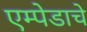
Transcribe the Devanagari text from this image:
एम्पेडाचे